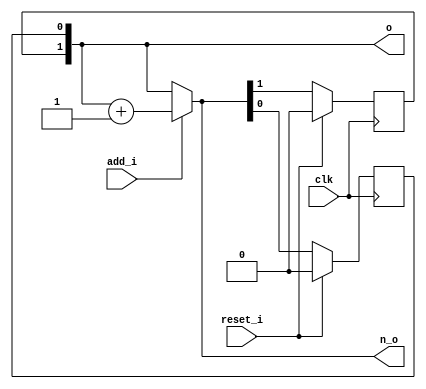
// This program was cloned from: https://github.com/NYU-MLDA/OpenABC
// License: BSD 3-Clause "New" or "Revised" License

module bsg_circular_ptr_slots_p4_max_add_p1
(
  clk,
  reset_i,
  add_i,
  o,
  n_o
);

  input [0:0] add_i;
  output [1:0] o;
  output [1:0] n_o;
  input clk;
  input reset_i;
  wire [1:0] o,n_o,genblk1_genblk1_ptr_r_p1;
  wire N0,N1,N2;
  reg o_1_sv2v_reg,o_0_sv2v_reg;
  assign o[1] = o_1_sv2v_reg;
  assign o[0] = o_0_sv2v_reg;

  always @(posedge clk) begin
    if(reset_i) begin
      o_1_sv2v_reg <= 1'b0;
    end else if(1'b1) begin
      o_1_sv2v_reg <= n_o[1];
    end 
  end


  always @(posedge clk) begin
    if(reset_i) begin
      o_0_sv2v_reg <= 1'b0;
    end else if(1'b1) begin
      o_0_sv2v_reg <= n_o[0];
    end 
  end

  assign genblk1_genblk1_ptr_r_p1 = o + 1'b1;
  assign n_o = (N0)? genblk1_genblk1_ptr_r_p1 : 
               (N1)? o : 1'b0;
  assign N0 = add_i[0];
  assign N1 = N2;
  assign N2 = ~add_i[0];

endmodule